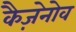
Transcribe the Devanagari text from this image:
कैज़ेनोव